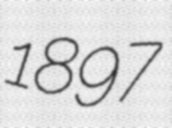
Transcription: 1897